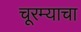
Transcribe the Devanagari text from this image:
चूरम्याचा